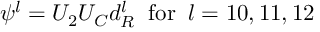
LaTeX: \psi ^ { l } = U _ { 2 } U _ { C } d _ { R } ^ { l } \; \; \mathrm { f o r } \; \; l = 1 0 , 1 1 , 1 2